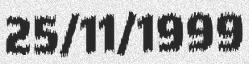
25/11/1999